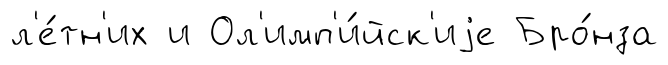
л'е́тн'их и Ол'имп'и́йск'иjе Бро́нза